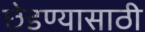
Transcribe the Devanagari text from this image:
छेडण्यासाठी